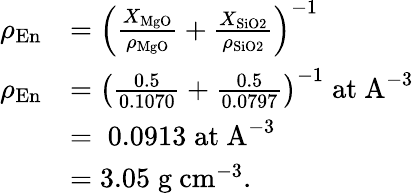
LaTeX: \begin{array}{rl}{\rho_{\mathrm{En}}}&{=\left(\frac{X_{\mathrm{MgO}}}{\rho_{\mathrm{MgO}}}+\frac{X_{\mathrm{SiO2}}}{\rho_{\mathrm{SiO2}}}\right)^{-1}}\\ {\rho_{\mathrm{En}}}&{=\left(\frac{0.5}{0.1070}+\frac{0.5}{0.0797}\right)^{-1}\; \mathrm{at~A}^{-3}}\\ &{=\; 0.0913\; \mathrm{at~A}^{-3}}\\ &{=3.05\; \mathrm{g~cm}^{-3}.}\end{array}